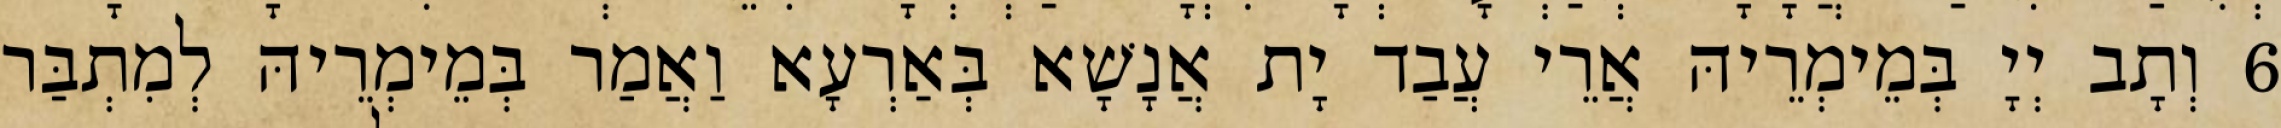
6 וְתָב יְיָ בְּמֵימְרֵיהּ אֲרֵי עֲבַד יָת אֲנָשָׁא בְּאַרְעָא וַאֲמַר בְּמֵימְרֵיהּ לְמִתְבַּר